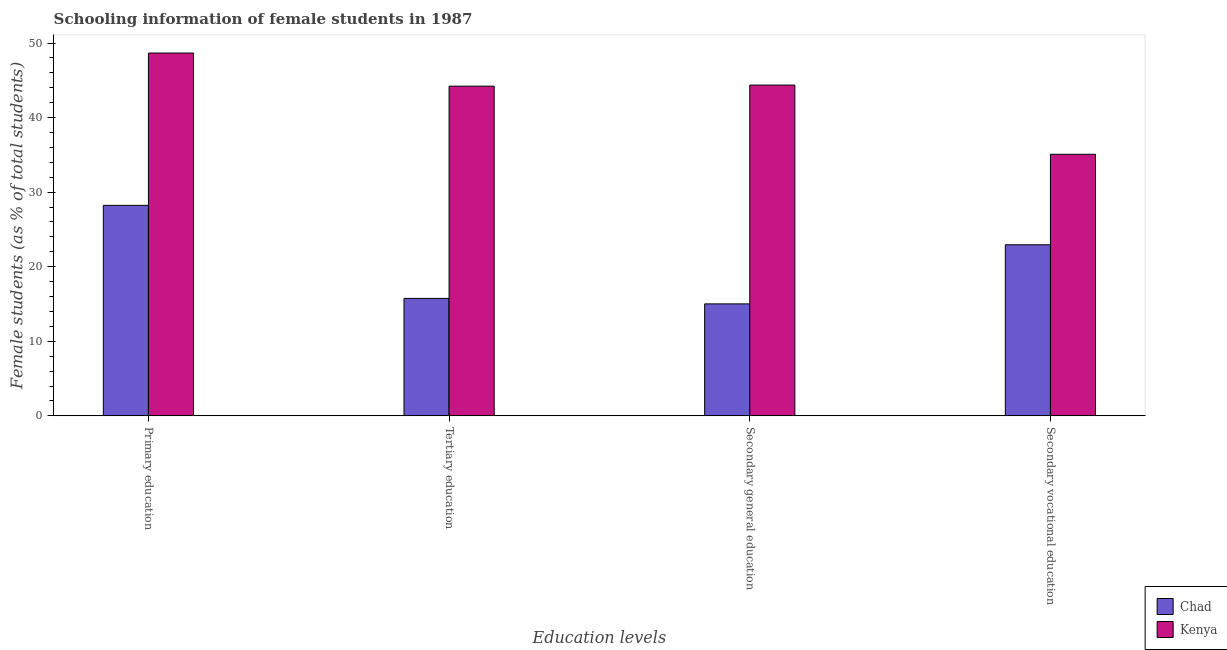
| Education levels | Chad | Kenya |
 | --- | --- | --- |
 | Primary education | 28.2 | 48.7 |
 | Tertiary education | 15.8 | 44.2 |
 | Secondary general education | 15 | 44.4 |
 | Secondary vocational education | 22.9 | 35.1 |